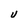
Character: U